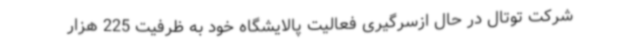
شرکت توتال در حال ازسرگیری فعالیت پالایشگاه خود به ظرفیت 225 هزار